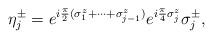
LaTeX: \begin{align*}\eta_{j}^{\pm} = e^{i{\pi\over 2}(\sigma_{1}^{z} + \cdots + \sigma_{j-1}^{z})}e^{i{\pi\over 4}\sigma_{j}^{z}}\sigma_{j}^{\pm},\end{align*}